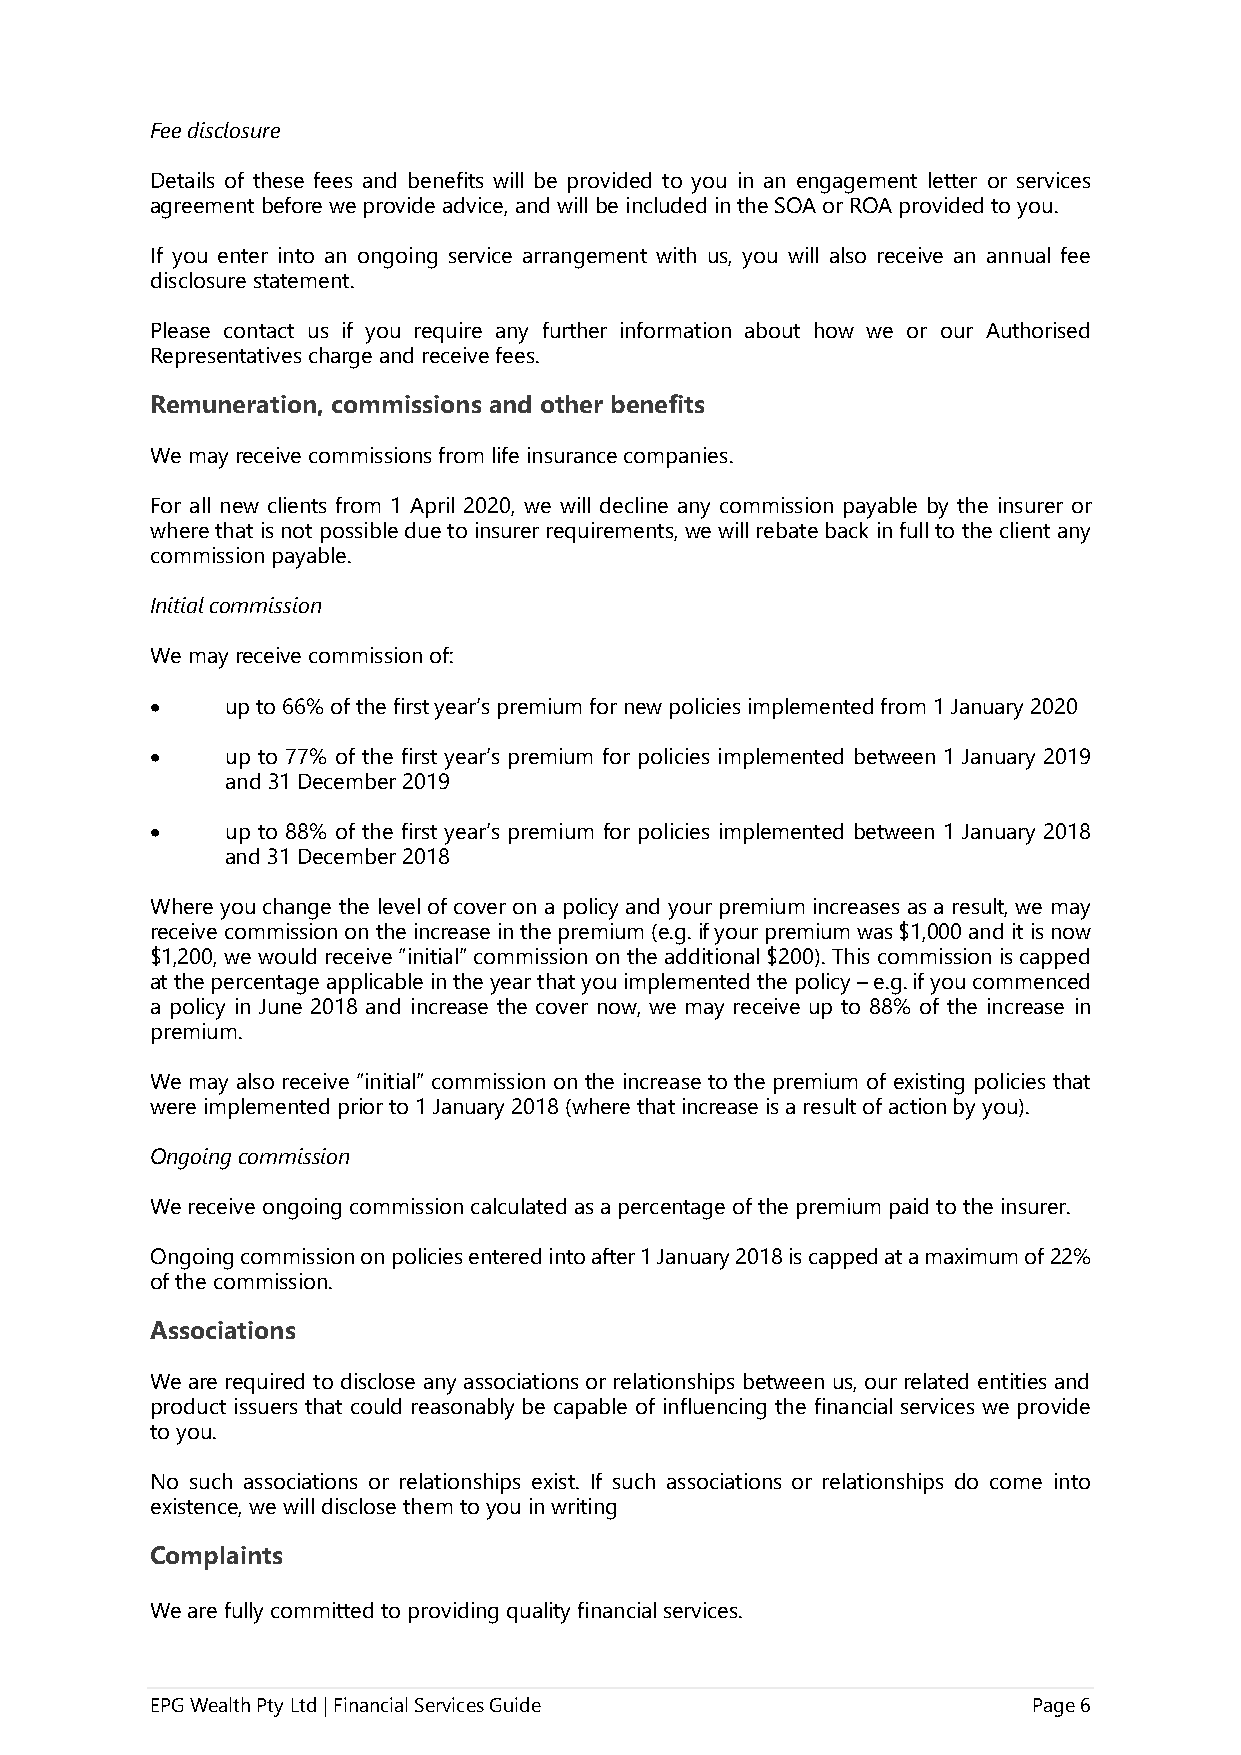
Fee disclosure
 Details of these fees and benefits will be provided to you in an engagement letter or services
 agreement before we provide advice, and will be included in the SOA or ROA provided to you.
 If you enter into an ongoing service arrangement with us, you will also receive an annual fee
 disclosure statement.
 Please contact us if you require any further information about how we or our Authorised
 Representatives charge and receive fees.
 Remuneration, commissions and other benefits
 We may receive commissions from life insurance companies.
 For all new clients from 1 April 2020, we will decline any commission payable by the insurer or
 where that is not possible due to insurer requirements, we will rebate back in full to the client any
 commission payable.
 Initial commission
 We may receive commission of:
 •    up to 66% of the first year’s premium for new policies implemented from 1 January 2020
 •    up to 77% of the first year’s premium for policies implemented between 1 January 2019
 and 31 December 2019
 •    up to 88% of the first year’s premium for policies implemented between 1 January 2018
 and 31 December 2018
 Where you change the level of cover on a policy and your premium increases as a result, we may
 receive commission on the increase in the premium (e.g. if your premium was $1,000 and it is now
 $1,200, we would receive “initial” commission on the additional $200). This commission is capped
 at the percentage applicable in the year that you implemented the policy – e.g. if you commenced
 a policy in June 2018 and increase the cover now, we may receive up to 88% of the increase in
 premium.
 We may also receive “initial” commission on the increase to the premium of existing policies that
 were implemented prior to 1 January 2018 (where that increase is a result of action by you).
 Ongoing commission
 We receive ongoing commission calculated as a percentage of the premium paid to the insurer.
 Ongoing commission on policies entered into after 1 January 2018 is capped at a maximum of 22%
 of the commission.
 Associations
 We are required to disclose any associations or relationships between us, our related entities and
 product issuers that could reasonably be capable of influencing the financial services we provide
 to you.
 No such associations or relationships exist. If such associations or relationships do come into
 existence, we will disclose them to you in writing
 Complaints
 We are fully committed to providing quality financial services.
 EPG Wealth Pty Ltd | Financial Services Guide             Page 6